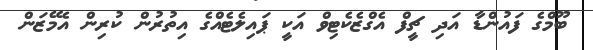
ބޫމްގެ ފައުންޑާ އަދި ޗީފް އެގްޒެކެޓިވް އަކީ ޕައިލެޓެއްގެ އިތުރުން ކުރިން އެމޭޒަން